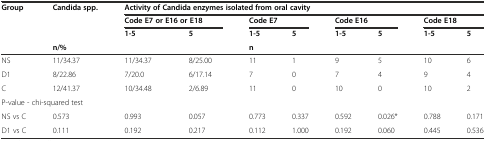
| <ROWSPAN=2> Group | <ROWSPAN=2> Candida spp. | <COLSPAN=8> Activity of Candida enzymes isolated from oral cavity |
 | <COLSPAN=2> Code E7 or E16 or E18 | <COLSPAN=2> Code E7 | <COLSPAN=2> Code E16 | <COLSPAN=2> Code E18 |
 |  |  | 1-5 | 5 | 1-5 | 5 | 1-5 | 5 | 1-5 | 5 |
 |  | <COLSPAN=3> n/% | <COLSPAN=6> n |
 | --- | --- | --- | --- | --- | --- | --- | --- | --- | --- |
 | NS | 11/34.37 | 11/34.37 | 8/25.00 | 11 | 1 | 9 | 5 | 10 | 6 |
 | D1 | 8/22.86 | 7/20.0 | 6/17.14 | 7 | 0 | 7 | 4 | 9 | 4 |
 | C | 12/41.37 | 10/34.48 | 2/6.89 | 11 | 0 | 10 | 0 | 10 | 2 |
 | <COLSPAN=10> P-value - chi-squared test |
 | NS vs C | 0.573 | 0.993 | 0.057 | 0.773 | 0.337 | 0.592 | 0.026* | 0.788 | 0.171 |
 | D1 vs C | 0.111 | 0.192 | 0.217 | 0.112 | 1.000 | 0.192 | 0.060 | 0.445 | 0.536 |